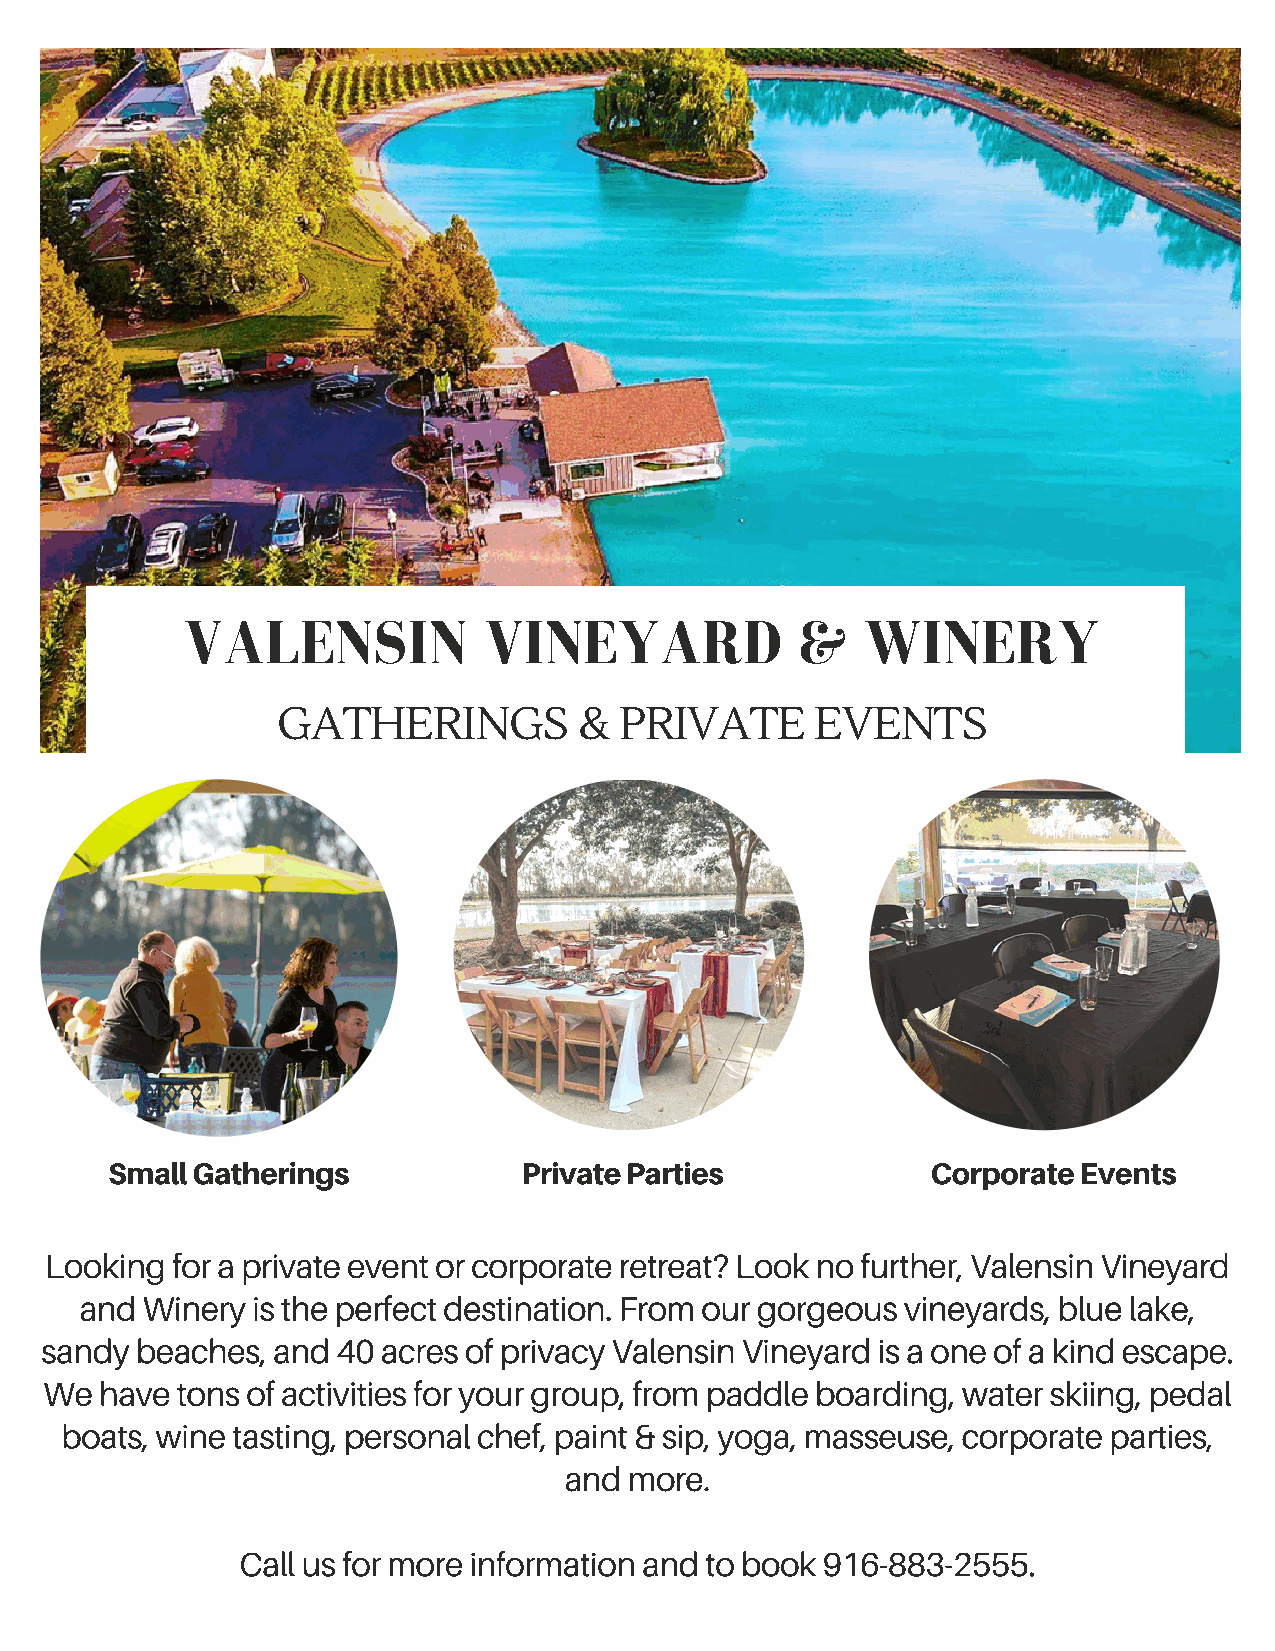
VALENSIN            VINEYARD             &   WINERY
 GATHERINGS          &  PRIVATE      EVENTS
 Small Gatherings            Private Parties            Corporate Events
 Looking for a private event or corporate retreat? Look no further, Valensin Vineyard
 and Winery  is the perfect destination. From our gorgeous vineyards, blue lake,
 sandy beaches, and 40 acres of privacy Valensin Vineyard is a one of a kind escape.
 We  have tons of activities for your group, from paddle boarding, water skiing, pedal
 boats, wine tasting, personal chef, paint & sip, yoga, masseuse, corporate parties,
 and  more.
 Call us for more information and to book 916-883-2555.